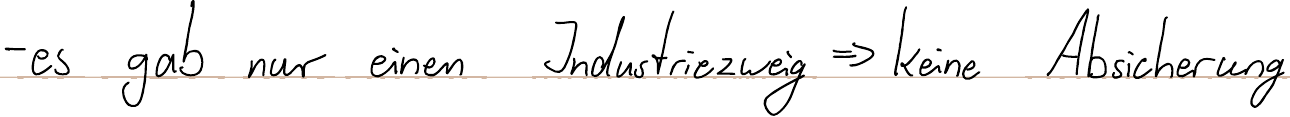
- es gab nur einen Industriezweig => keine Absicherung